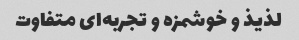
لذیذ و خوشمزه و تجربه‌ای متفاوت